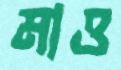
মাও